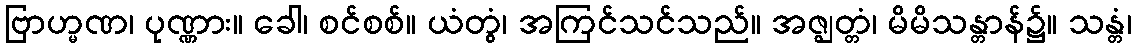
ဗြာဟ္မဏ၊ ပုဏ္ဏား။ ခေါ၊ စင်စစ်။ ယံတွံ၊ အကြင်သင်သည်။ အဇ္ဈတ္တံ၊ မိမိသန္တာန်၌။ သန္တံ၊